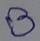
Text: B